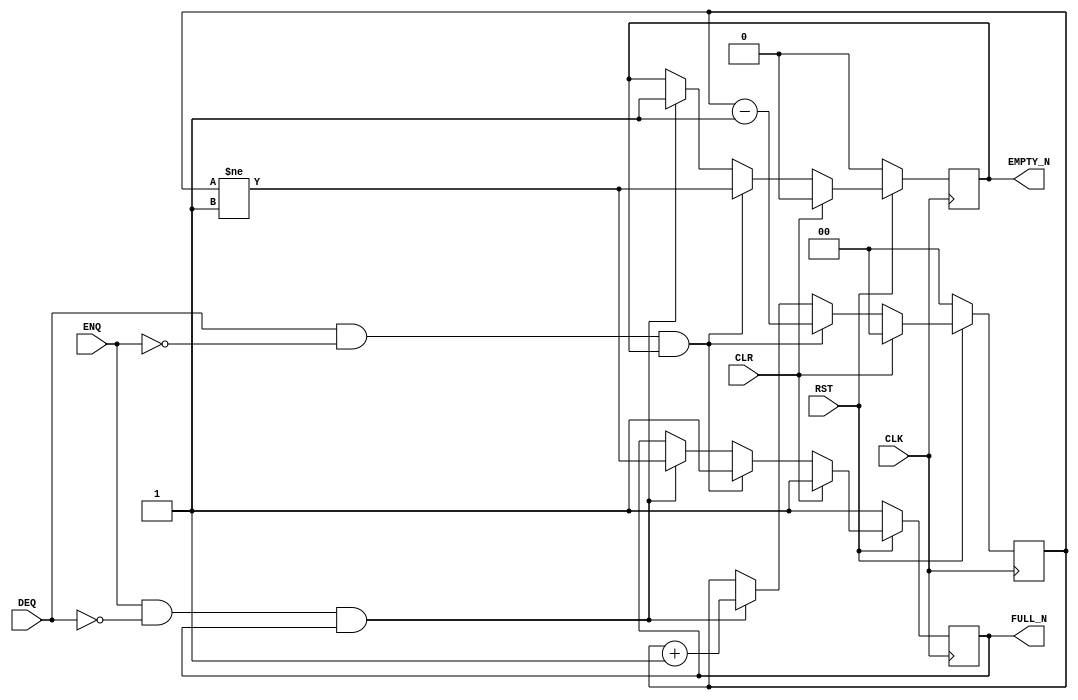
// This program was cloned from: https://github.com/esa-tu-darmstadt/tapasco
// License: GNU Lesser General Public License v3.0


`ifdef BSV_ASSIGNMENT_DELAY
`else
  `define BSV_ASSIGNMENT_DELAY
`endif

`ifdef BSV_POSITIVE_RESET
  `define BSV_RESET_VALUE 1'b1
  `define BSV_RESET_EDGE posedge
`else
  `define BSV_RESET_VALUE 1'b0
  `define BSV_RESET_EDGE negedge
`endif

`ifdef BSV_ASYNC_RESET
 `define BSV_ARESET_EDGE_META or `BSV_RESET_EDGE RST
`else
 `define BSV_ARESET_EDGE_META
`endif


// Depth N FIFO (N > 1)
module SizedFIFO0(CLK, RST, ENQ, FULL_N, DEQ, EMPTY_N, CLR);
   parameter p1depth = 2;
   parameter p2cntr_width = 2; // log2(p1depth+1)
   parameter guarded = 1'b1;

   localparam truedepth = (p1depth >= 2) ? p1depth : 2;

   input     CLK;
   input     RST;
   input     CLR;
   input     ENQ;
   input     DEQ;
   output    FULL_N;
   output    EMPTY_N;

   reg       not_full;
   reg       not_empty;
   reg [p2cntr_width-1 : 0] count;

   assign                 EMPTY_N = not_empty;
   assign                 FULL_N = not_full;

`ifdef BSV_NO_INITIAL_BLOCKS
`else // not BSV_NO_INITIAL_BLOCKS
   // synopsys translate_off
   initial
     begin
        count      = 0 ;
        not_empty  = 1'b0;
        not_full   = 1'b1;
     end // initial begin
   // synopsys translate_on
`endif // BSV_NO_INITIAL_BLOCKS


   always @(posedge CLK `BSV_ARESET_EDGE_META)
     begin
        if (RST == `BSV_RESET_VALUE)
          begin
             count <= `BSV_ASSIGNMENT_DELAY 0 ;
             not_empty <= `BSV_ASSIGNMENT_DELAY 1'b0;
             not_full <= `BSV_ASSIGNMENT_DELAY 1'b1;
          end // if (RST == `BSV_RESET_VALUE)
        else
           begin
              if (CLR)
                begin
                   count <= `BSV_ASSIGNMENT_DELAY 0 ;
                   not_empty <= `BSV_ASSIGNMENT_DELAY 1'b0;
                   not_full <= `BSV_ASSIGNMENT_DELAY 1'b1;
                end // if (CLR)
              else begin
                 if (DEQ && ! ENQ && not_empty )
                   begin
                      not_full <= `BSV_ASSIGNMENT_DELAY 1'b1;
                      not_empty <= `BSV_ASSIGNMENT_DELAY  count != 'b01  ;
                      count <= `BSV_ASSIGNMENT_DELAY count - 1'b1 ;
                   end // if (DEQ && ! ENQ && not_empty )
                 else if (ENQ && ! DEQ && not_full )
                   begin
                      not_empty <= `BSV_ASSIGNMENT_DELAY 1'b1;
                      not_full <= `BSV_ASSIGNMENT_DELAY count != (truedepth - 1) ;
                      count <= `BSV_ASSIGNMENT_DELAY count + 1'b1 ;
                   end // if (ENQ && ! DEQ && not_full )
              end // else: !if(CLR)
           end // else: !if(RST == `BSV_RESET_VALUE)
     end // always @ (posedge CLK or `BSV_RESET_EDGE RST)

      // synopsys translate_off
   always@(posedge CLK)
     begin: error_checks
        reg deqerror, enqerror ;

        deqerror =  0;
        enqerror = 0;
        if (RST == ! `BSV_RESET_VALUE)
           begin
              if ( ! EMPTY_N && DEQ )
                begin
                   deqerror = 1 ;
                   $display( "Warning: SizedFIFO0: %m -- Dequeuing from empty fifo" ) ;
                end
              if ( ! FULL_N && ENQ && (!DEQ || guarded) )
                begin
                   enqerror =  1 ;
                   $display( "Warning: SizedFIFO0: %m -- Enqueuing to a full fifo" ) ;
                end
           end // if (RST == ! `BSV_RESET_VALUE)
     end // block: error_checks
   // synopsys translate_on

endmodule // SizedFIFO0